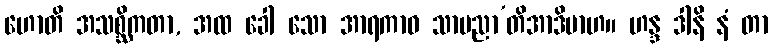
ဟောတိ အသစ္ဆိကတာ, အထ ခေါ သော အာရကာဝ သာမညာ’တိအာဒိမာဟ။ ဟန္ဒ ဒါနိ နံ တာ